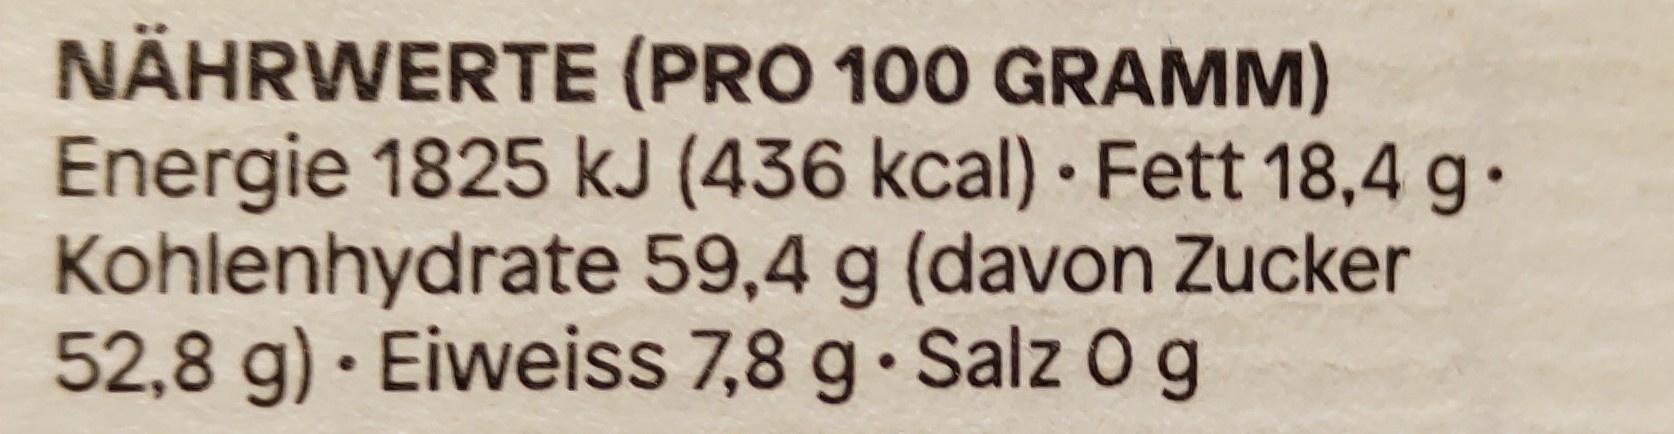
NÄHRWERTE (PRO 100 GRAMM) Energie 1825 kJ (436 kcal) Fett 18,4 g. Kohlenhydrate 59,4 g (davon Zucker 52,8 g) Eiweiss 7,8 g Salz O g